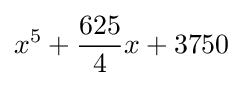
x^{5}+{\frac {625}{4}}x+3750